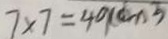
7 \times 7 = 4 9 ( c m ^ { 2 } )